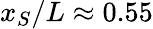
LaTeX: x_{S}/L\approx 0.55